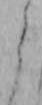
う